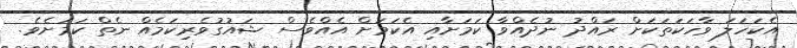
އެކަހަލަ ވާހަކަތަކަށް ރައްދު ނުދެއްވާ ކަމަށާއި އެކަމަށް އެއްވެސް ޝައުގުވެރިކަމެއް ނެތް ކަމަށެވެ.